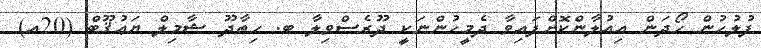
ފުލުހުން ހޯދަން އިއުލާންކޮށްފައިވާ ދެމީހުންނަކީ ދޫރެސްވިލާ ބ. ހިތާދޫ ޝާމިލް ޔަޢުޤޫބް (20އ)